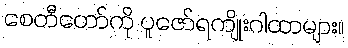
စေတီတော်ကို ပူဇော်ရကျိုးဂါထာများ။